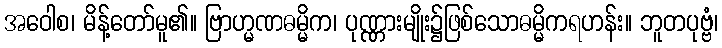
အဝေါစ၊ မိန့်တော်မူ၏။ ဗြာဟ္မဏဓမ္မိက၊ ပုဏ္ဏားမျိုး၌ဖြစ်သောဓမ္မိကရဟန်း။ ဘူတပုဗ္ဗံ၊